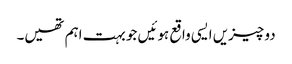
دو چیزیں ایسی واقع ہوئیں جو بہت اہم تھیں۔